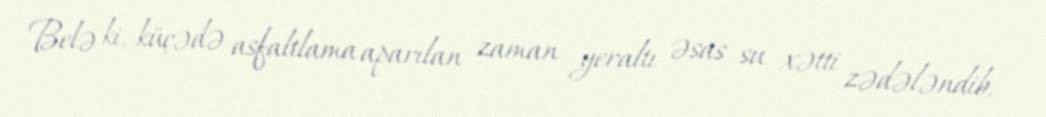
Belə ki, küçədə asfaltlama aparılan zaman yeraltı əsas su xətti zədələndib,